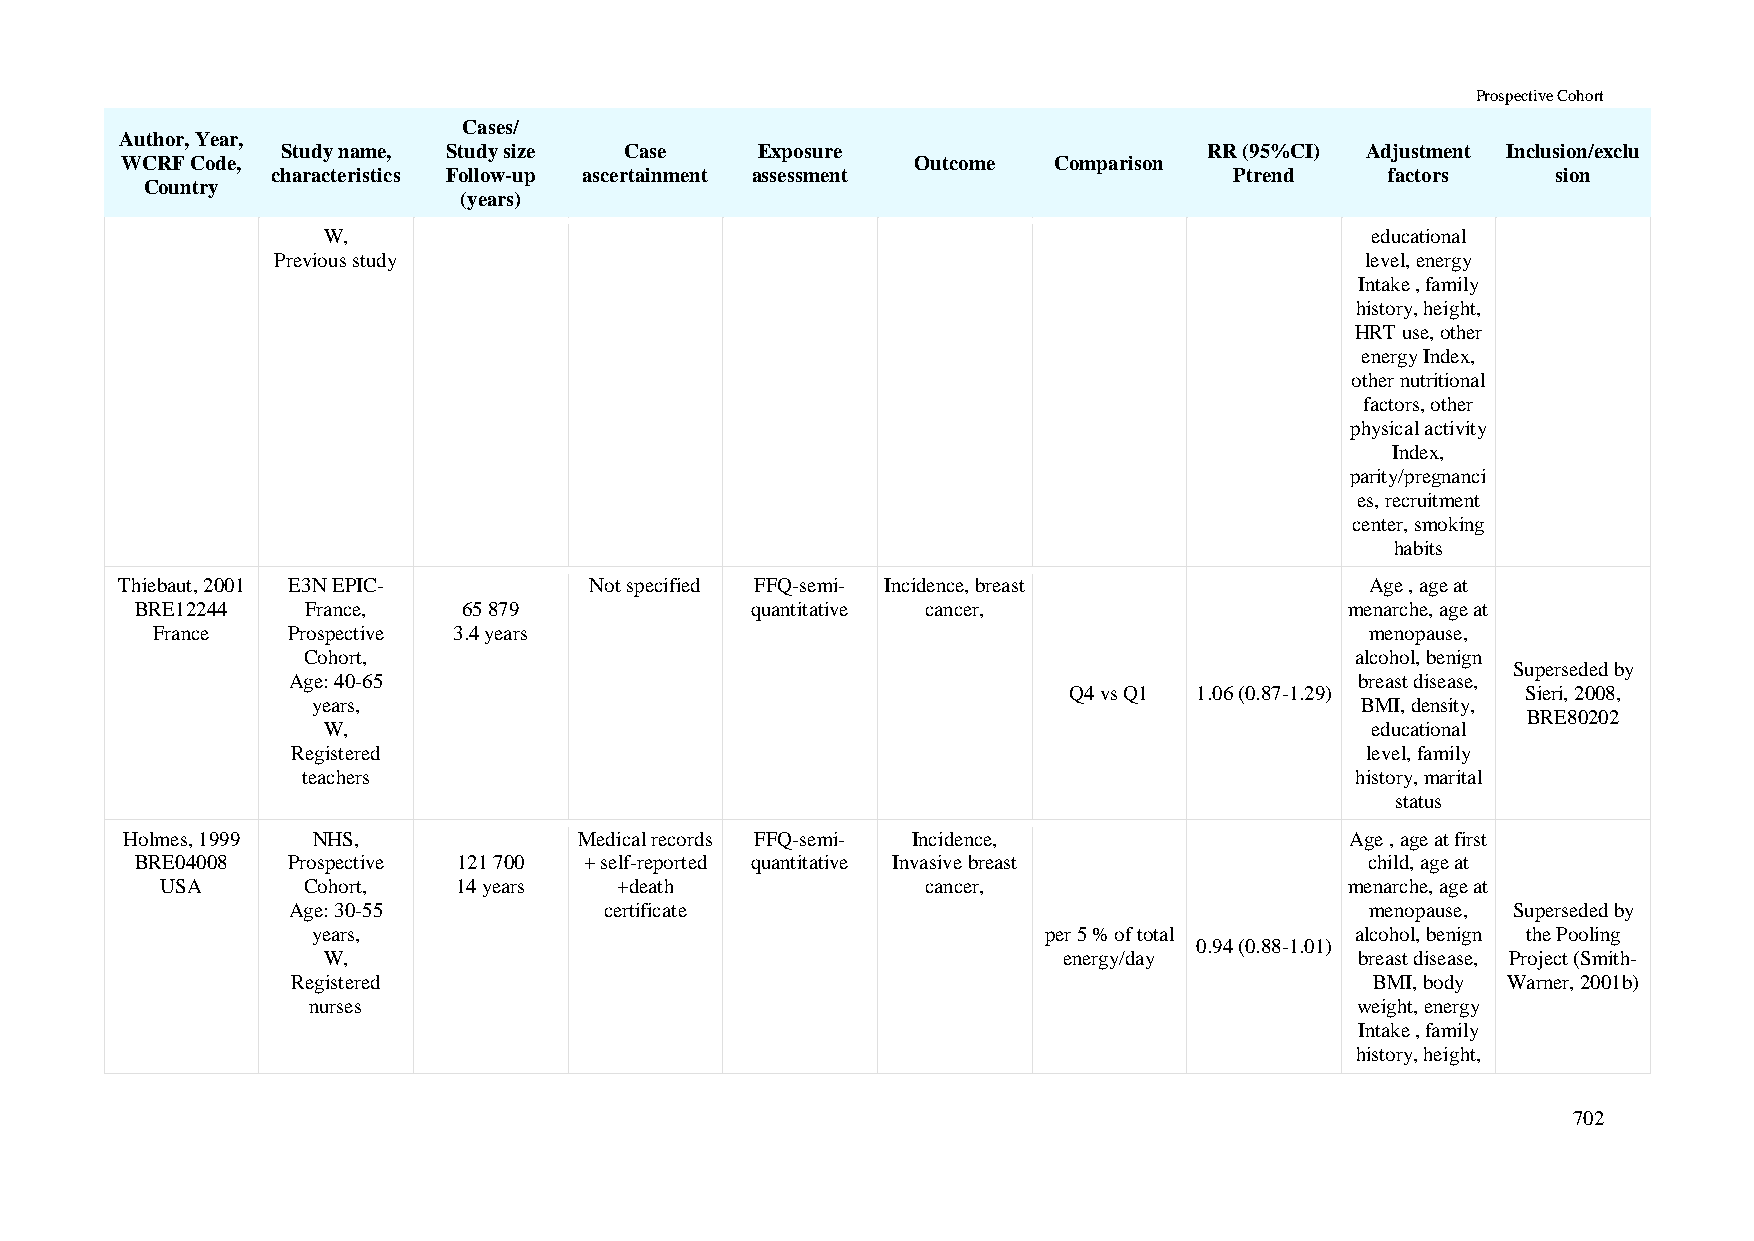
Prospective Cohort
 Cases/
 Author, Year,
 Study name, Study size Case    Exposure                      RR (95%CI) Adjustment Inclusion/exclu
 WCRF Code,                                           Outcome  Comparison
 characteristics Follow-up ascertainment assessment              Ptrend    factors    sion
 Country
 (years)
 W,                                                                    educational
 Previous study                                                          level, energy
 Intake , family
 history, height,
 HRT use, other
 energy Index,
 other nutritional
 factors, other
 physical activity
 Index,
 parity/pregnanci
 es, recruitment
 center, smoking
 habits
 Thiebaut, 2001 E3N EPIC-       Not specified FFQ-semi- Incidence, breast           Age , age at
 BRE12244   France,    65 879             quantitative cancer,                   menarche, age at
 France   Prospective 3.4 years                                                   menopause,
 Cohort,                                                               alcohol, benign
 Superseded by
 Age: 40-65                                                             breast disease,
 Q4 vs Q1 1.06 (0.87-1.29)     Sieri, 2008,
 years,                                                               BMI, density,
 BRE80202
 W,                                                                    educational
 Registered                                                             level, family
 teachers                                                              history, marital
 status
 Holmes, 1999 NHS,             Medical records FFQ-semi- Incidence,               Age , age at first
 BRE04008  Prospective 121 700 + self-reported quantitative Invasive breast        child, age at
 USA      Cohort,   14 years   +death              cancer,                     menarche, age at
 Age: 30-55           certificate                                        menopause, Superseded by
 years,                                          per 5 % of total     alcohol, benign the Pooling
 0.94 (0.88-1.01)
 W,                                               energy/day          breast disease, Project (Smith-
 Registered                                                              BMI, body Warner, 2001b)
 nurses                                                                weight, energy
 Intake , family
 history, height,
 702